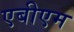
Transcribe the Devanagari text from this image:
एबीएम